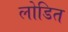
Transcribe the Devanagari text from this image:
लोडित